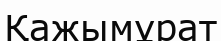
Қажымұрат